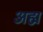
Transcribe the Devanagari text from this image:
अह्म